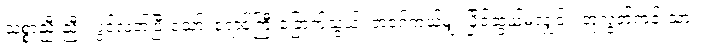
သစ္စာညီးညီး၊ ပွင့်လတ်ပြီးသော်၊ ရောင်ကြီးခြောက်သွယ်၊ ဘဝဂ်ကယ်မျှ၊ ပြိုင်ဆွယ်မဲ့လျှင်း၊ တုလွတ်ကင်းသား၊